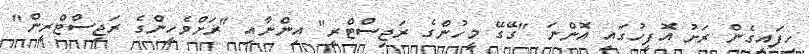
ހިފައިގެން ރަށު އޮފީހުގައި އޮންނަ "ގޭގޭ މީހުންގެ ރަޖިސްޓްރީ" އިންނާއި "ރަށްވެހީންގެ ރަޖިސްޓްރީން"